Document type: Enfranchisement
Year: 1297
Scribe: Jaume de Trilla
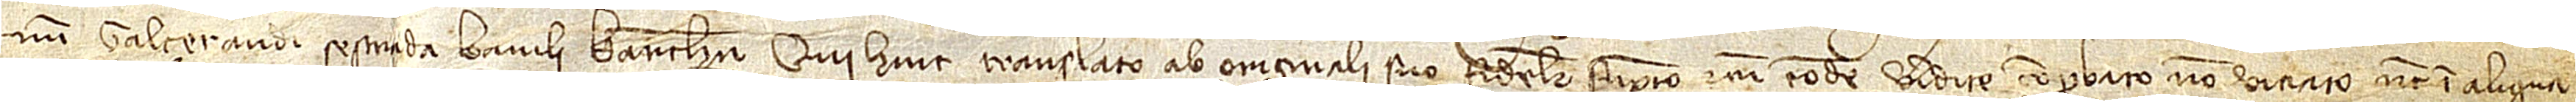
num Galcerandi Sestrada, baiuli Barchinone, qui huic translato ab originali suo fideliter sumpto et cum eodem veridice comprobato, non viciato nec in aliqua